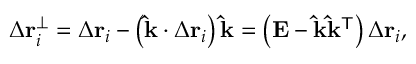
\Delta \mathbf { r } _ { i } ^ { \perp } = \Delta \mathbf { r } _ { i } - \left( \mathbf { \hat { k } } \cdot \Delta \mathbf { r } _ { i } \right) \mathbf { \hat { k } } = \left( \mathbf { E } - \mathbf { \hat { k } } \mathbf { \hat { k } } ^ { \mathsf { T } } \right) \Delta \mathbf { r } _ { i } ,